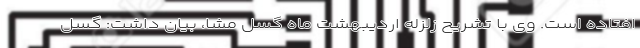
افتاده است. وی با تشریح زلزله اردیبهشت ماه گسل مشا، بیان داشت: گسل